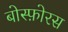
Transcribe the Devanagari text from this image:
बोस्फ़ोरस